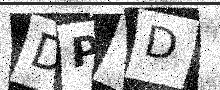
Text: DPYD